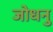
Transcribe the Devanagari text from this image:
जोधनु